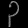
Digit: ၃